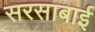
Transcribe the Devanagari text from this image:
सरसाबाई